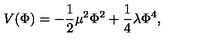
V ( \Phi ) = - \frac { 1 } { 2 } \mu ^ { 2 } \Phi ^ { 2 } + \frac { 1 } { 4 } \lambda \Phi ^ { 4 } ,